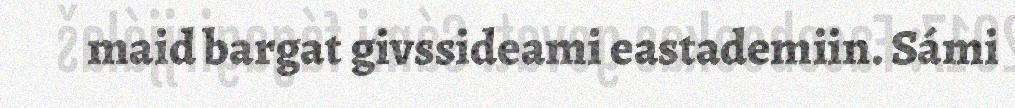
maid bargat givssideami eastademiin. Sámi